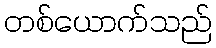
တစ်ယောက်သည်